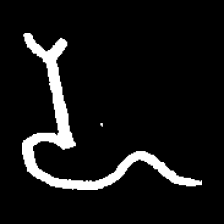
Pyu character \u2014 Myanmar letter: ဍ (romanized: dda)